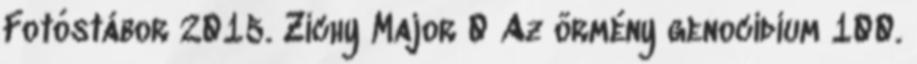
Fotóstábor 2015. Zichy Major 0 Az örmény genocídium 100.